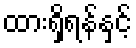
ထားရှိရန်နှင့်